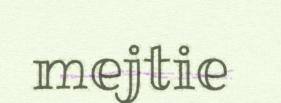
mejtie